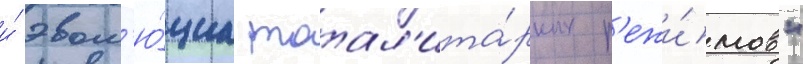
и́ эвол'ю́циа тотал'ита́рных р'ежи́мов"